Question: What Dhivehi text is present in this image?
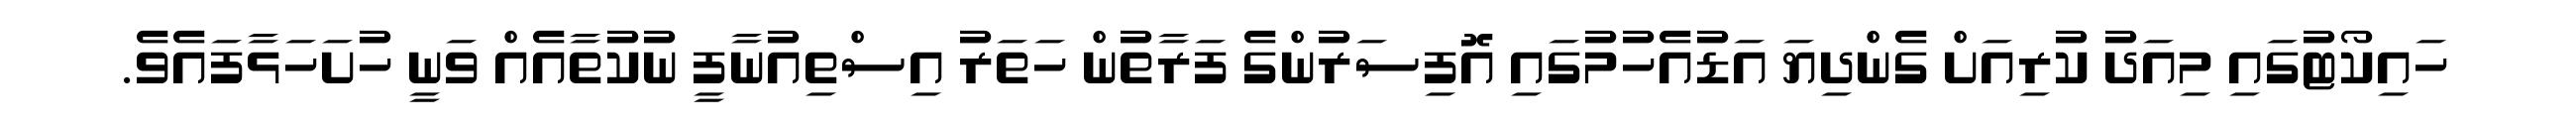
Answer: ހައިކޯޓުގައި މިއަދު ކުރިއަށް ގެންދިޔަ އަޑުއެހުމުގައި އޮފިސަރުންގެ ފަރާތުން ހަތަރު އިސްތިއުނާފީ ނުކުތާއެއް ވަނީ ހުށަހަޅާފައެވެ.